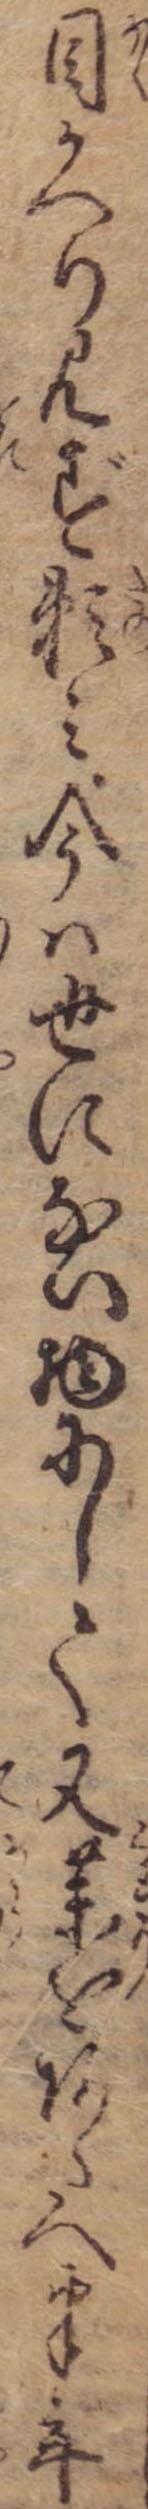
目かへり見ず頼み今は世にない物にして又薬をあたへ半年